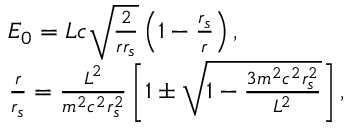
\begin{array} { l } { { \cal { E } } _ { 0 } = { \cal { L } } c \sqrt \frac { 2 } { r r _ { s } } \left( 1 - \frac { r _ { s } } { r } \right) , } \\ { \frac { r } { r _ { s } } = \frac { { \cal { L } } ^ { 2 } } { m ^ { 2 } c ^ { 2 } r _ { s } ^ { 2 } } \left[ 1 \pm \sqrt { 1 - \frac { 3 m ^ { 2 } c ^ { 2 } r _ { s } ^ { 2 } } { { \cal { L } } ^ { 2 } } } \right] , } \end{array}